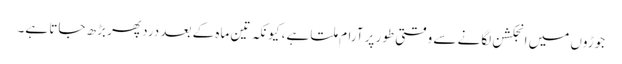
جوڑوں میں انجکشن لگانے سے وقتی طور پر آرام ملتا ہے، کیونکہ تین ماہ کے بعد درد پھر بڑھ جاتا ہے۔